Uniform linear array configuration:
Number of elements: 8
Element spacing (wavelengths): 0.5
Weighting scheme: blackman
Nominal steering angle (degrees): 45
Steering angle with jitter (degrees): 45.778
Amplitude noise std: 0.05
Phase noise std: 0.05

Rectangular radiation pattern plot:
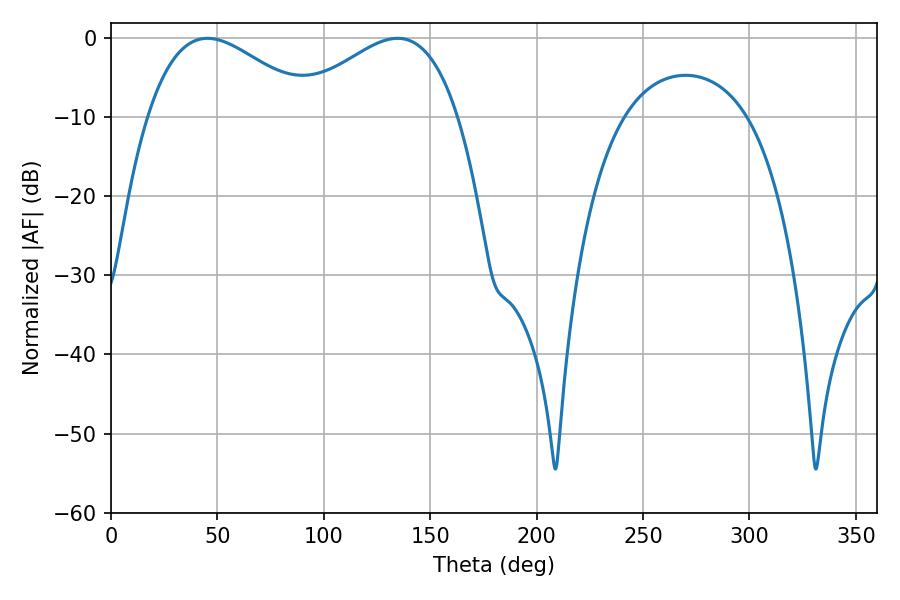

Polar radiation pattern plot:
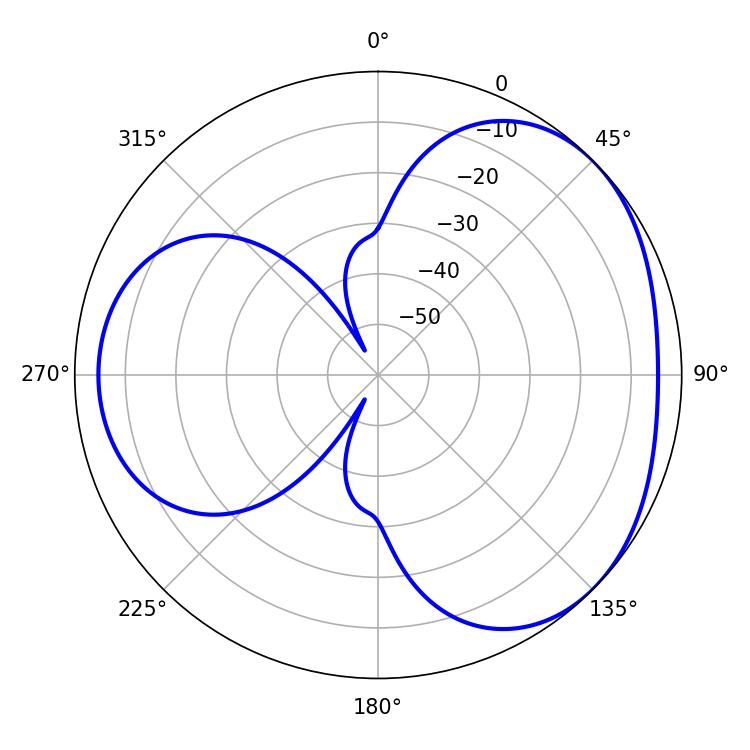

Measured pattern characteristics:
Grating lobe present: FALSE
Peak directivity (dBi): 3.41
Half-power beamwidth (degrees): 42.12
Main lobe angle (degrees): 45.36